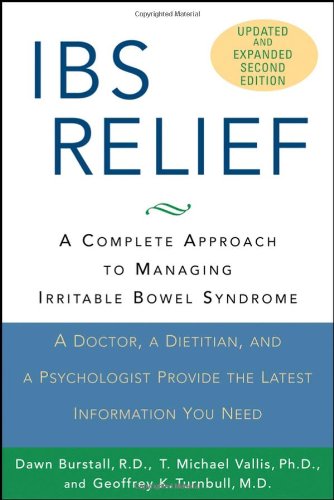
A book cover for IBS Relief: A Complete Approach to Managing Irritable Bowel Syndrome; Dawn Burstall; Health, Fitness & Dieting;